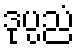
ဒုပ္ပညံ